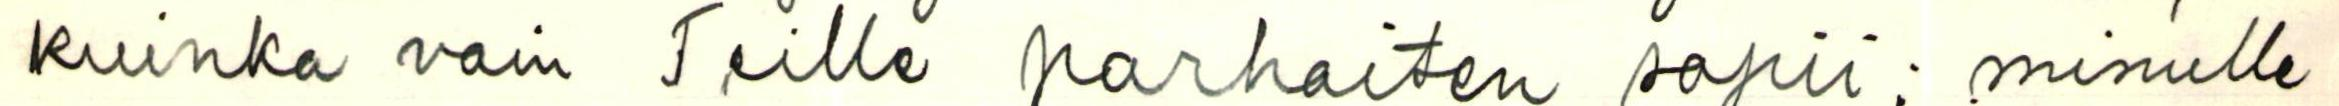
kuinka vain Teille parhaiten sopii; minulle